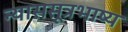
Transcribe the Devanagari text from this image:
न्याससूत्रभाष्य